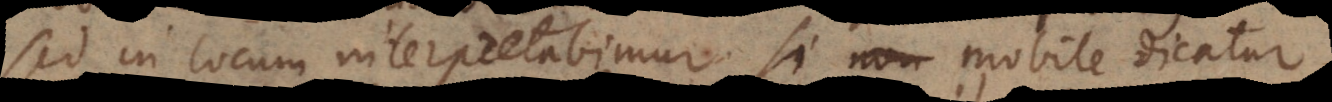
sed in locum interpretabimur si mobile dicatur